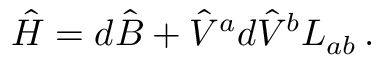
\hat { H } = d \hat { B } + { \hat { V } } ^ { a } d { \hat { V } } ^ { b } L _ { a b } \, .